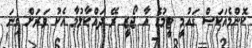
ކޮންމެއަކަސް ގައުމީ ޓީމުގެ އާ ޖޯޒީ ރޭ ދައްކާލުމާ އެކު ވަރަށް ގިނަ